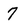
Character: 7